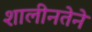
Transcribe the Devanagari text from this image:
शालीनतेने